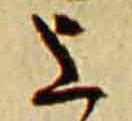
上